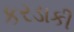
કરડાકી